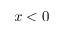
x < 0